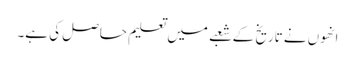
انھوں نے تاریخ کے شعبے میں تعلیم حاصل کی ہے۔